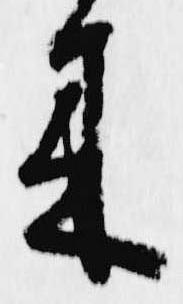
来